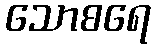
သောစရေ